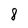
Character: 8